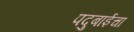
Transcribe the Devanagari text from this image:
पदुबाईचा